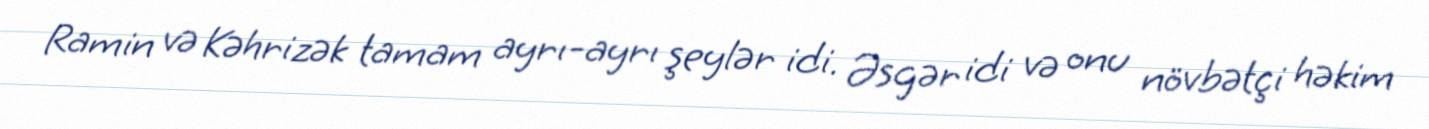
Ramin və Kəhrizək tamam ayrı-ayrı şeylər idi. Əsgər idi və onu növbətçi həkim